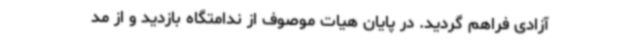
آزادی فراهم گردید. در پایان هیات موصوف از ندامتگاه بازدید و از مد